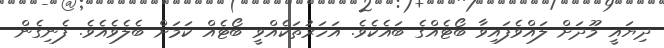
ދިޔައީ މޫދަށް ލައްވެފައިވާ ބޯޓެއްގެ ބައެކެވެ. އަހަރުތަކެއްވީ ބޯޓެއް ކަމަށް ބެލެވެއެވެ. ފެނިގެން